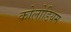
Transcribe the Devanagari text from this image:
कोलोडियम